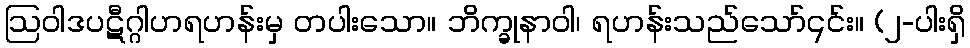
ဩဝါဒပဋီဂ္ဂါဟရဟန်းမှ တပါးသော။ ဘိက္ခုနာဝါ၊ ရဟန်းသည်သော်၎င်း။ (၂-ပါးရှိ